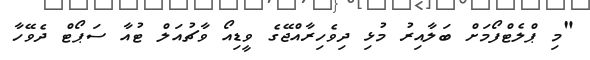
"މި ޕްލެޓްފޯމަށް ބަލާއިރު މުޅި ދިވެހިރާއްޖޭގެ ވީޑިއޯ ވާޗުއަލް ޓުއާ ސަޕޯޓް ދެވޭހާ